Indian Medical Review
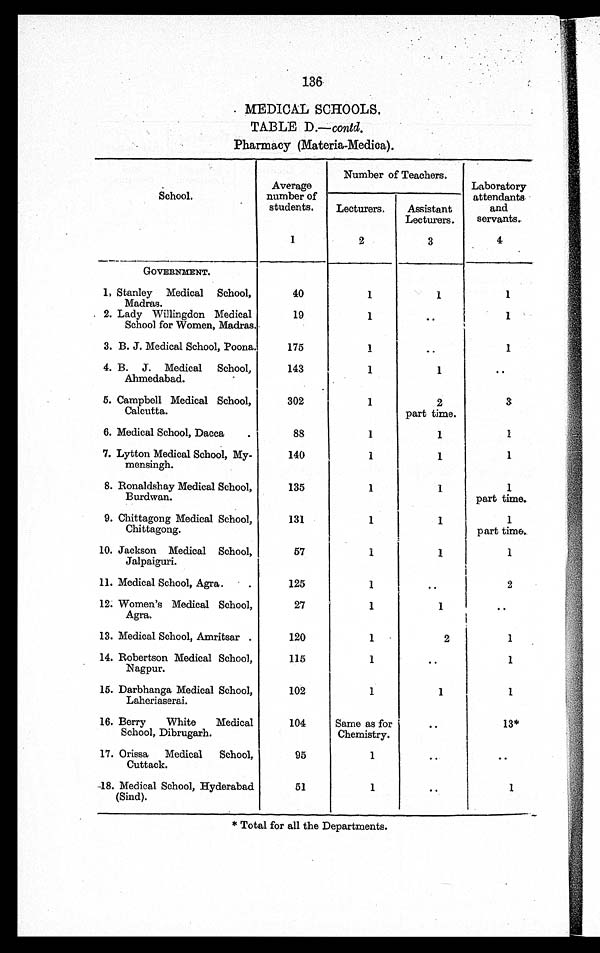
136
MEDICAL SCHOOLS.
TABLE D.— contd .
Pharmacy (Materia-Medica).
School.
Average
number of
students.
1
Number of Teachers.
Laboratory
attendants
and
servants.
4
Lecturers.
2
Assistant
Lecturers.
3
G O V E R N M E N T .
1. Stanley Medical School,
Madras.
40
1
1
1
2. Lady Willingdon Medical
School for Women, Madras.
19
1
..
1
3. B. J. Medical School, Poona.
175
1
..
1
4. B. J. Medical School,
Ahmedabad.
143
1
1
..
5. Campbell Medical School,
Calcutta.
302
1
2
part time.
3
6. Medical School, Dacca
88
1
1
1
7. Lytton Medical School, My-
mensingh.
140
1
1
1
8. Ronaldshay Medical School,
Burdwan.
135
1
1
1
part time.
9. Chittagong Medical School,
Chittagong.
131
1
1
1
part time.
10. Jackson Medical School,
Jalpaiguri.
57
1
1
1
11. Medical School, Agra.
125
1
..
2
12. Women's Medical School,
Agra.
27
1
1
..
13. Medical School, Amritsar.
120
1
2
1
14. Robertson Medical School,
Nagpur.
115
1
..
1
15. Darbhanga Medical School,
Laheriaserai.
102
1
1
1
16. Berry White Medical
School, Dibrugarh.
104
Same as for
Chemistry.
..
13*
17. Orissa Medical School,
Cuttack.
95
1
..
..
18. Medical School, Hyderabad
(Sind).
51
1
..
1
* Total for all the Departments.